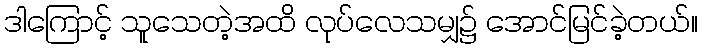
ဒါကြောင့် သူသေတဲ့အထိ လုပ်လေသမျှ၌ အောင်မြင်ခဲ့တယ်။